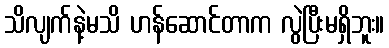
သိလျက်နဲ့မသိ ဟန်ဆောင်တာက လွဲပြီးမရှိဘူး။